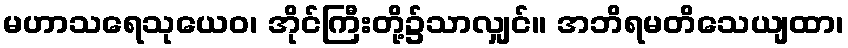
မဟာသရေသုယေဝ၊ အိုင်ကြီးတို့၌သာလျှင်။ အဘိရမတိသေယျထာ၊